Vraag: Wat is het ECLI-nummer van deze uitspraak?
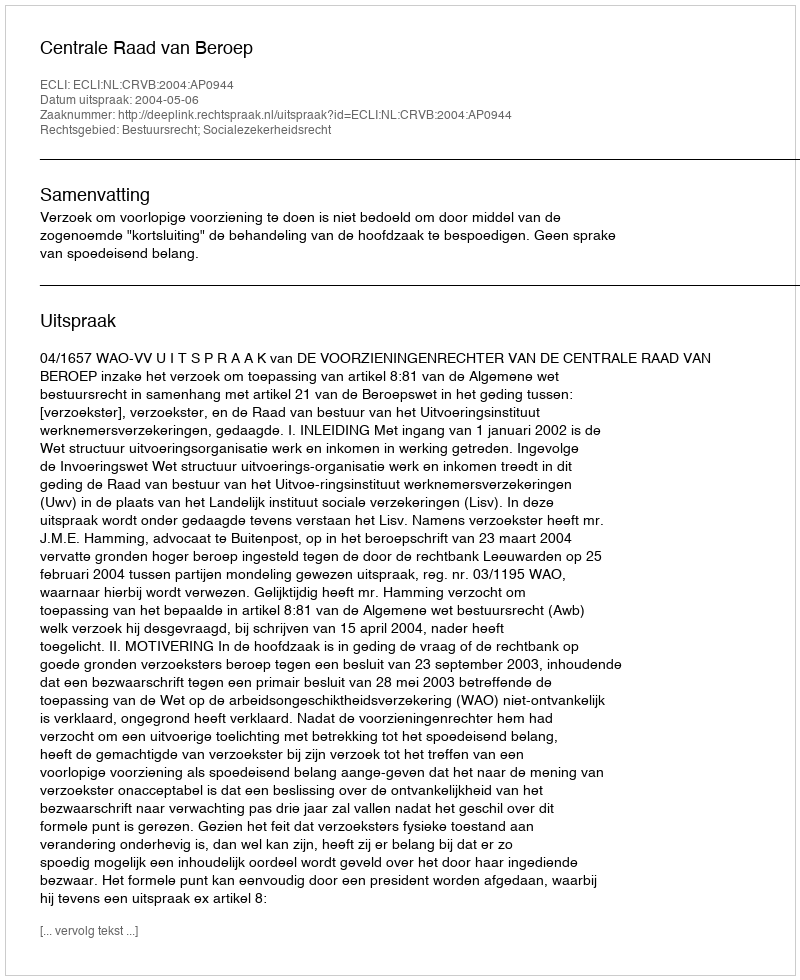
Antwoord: ECLI:NL:CRVB:2004:AP0944